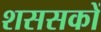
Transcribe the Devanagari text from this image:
शससकों